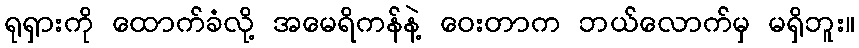
ရုရှားကို ထောက်ခံလို့ အမေရိကန်နဲ့ ဝေးတာက ဘယ်လောက်မှ မရှိဘူး။